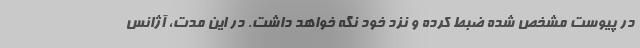
در پیوست مشخص شده ضبط کرده و نزد خود نگه خواهد داشت. در این مدت، آژانس